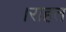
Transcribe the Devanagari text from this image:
।राहत